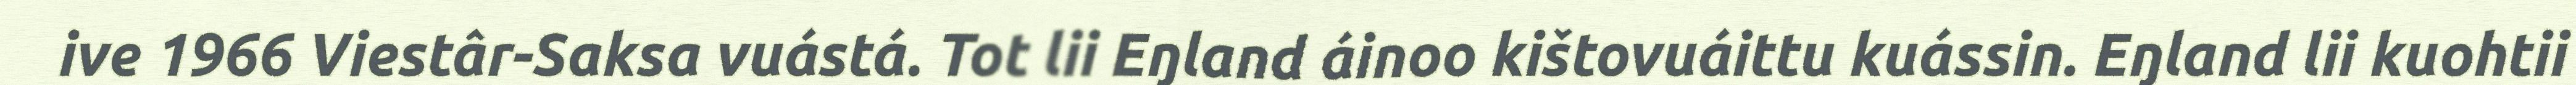
ive 1966 Viestâr-Saksa vuástá. Tot lii Eŋland áinoo kištovuáittu kuássin. Eŋland lii kuohtii